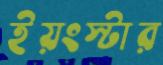
ইয়ংস্টার